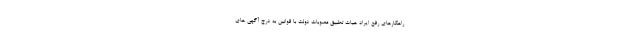
راهکارهای رفع ایراد هیات تطبیق مصوبات دولت با قوانین به درج آگهی های